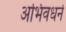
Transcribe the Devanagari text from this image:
अभिवधर्न